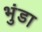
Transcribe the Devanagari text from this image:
भुंडा